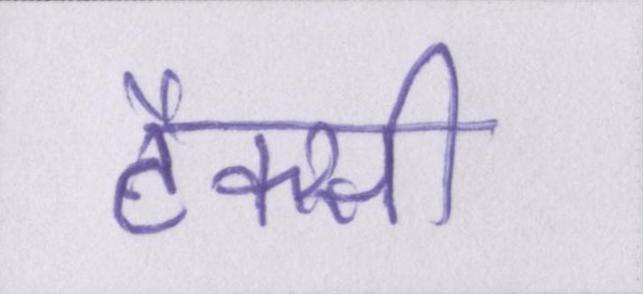
टैक्सी